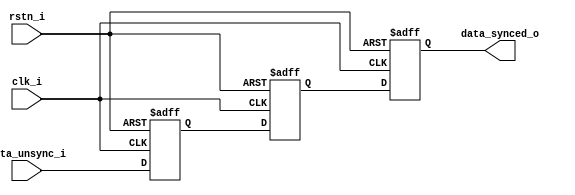
module general_syncer #(
    parameter FISTR_EDGE    = 1,  // first register latch edge option, 1: posedge, 0, negedge
    parameter LAST_EDGE     = 1,  // last register latch edge option, 1: posedge, 0, negedge
    parameter MID_STAGE_NUM = 1,  // stage of middle dffs to sync data, MID_STAGE_NUM >= 0
    parameter DATA_WIDTH    = 32
) (
    input  wire                  clk_i,          // dest clock
    input  wire                  rstn_i,         // reset input
    input  wire [DATA_WIDTH-1:0] data_unsync_i,  // async input
    output wire [DATA_WIDTH-1:0] data_synced_o   // sync output
);
    // DFFs
    reg [DATA_WIDTH-1:0] first_stage;  // first stage dff
    reg [DATA_WIDTH-1:0] last_stage;  // last stage dff
    reg [DATA_WIDTH-1:0] middle_stage[0:MID_STAGE_NUM-1];  // middle stage dff

    // Middle output stage data
    wire [DATA_WIDTH-1:0] middle_stage_data;

    // Output data from last stage
    assign data_synced_o = last_stage;

    // First stage
    generate
        if (FISTR_EDGE == 0) begin
            always @(negedge clk_i or negedge rstn_i) begin
                if (!rstn_i) begin
                    first_stage <= 'h0;
                end else begin
                    first_stage <= data_unsync_i;
                end
            end
        end else begin
            always @(posedge clk_i or negedge rstn_i) begin
                if (!rstn_i) begin
                    first_stage <= 'h0;
                end else begin
                    first_stage <= data_unsync_i;
                end
            end
        end
    endgenerate

    // Middle stage
    genvar i;
    generate
        if (MID_STAGE_NUM == 0) begin
            assign middle_stage_data = first_stage;
        end else begin
            assign middle_stage_data = middle_stage[MID_STAGE_NUM-1];
            always @(posedge clk_i or negedge rstn_i) begin
                if (!rstn_i) begin
                    middle_stage[0] <= 'h0;
                end else begin
                    middle_stage[0] <= first_stage;
                end
            end
            for (i = 1; i < MID_STAGE_NUM; i = i + 1) begin : gen_middle_stage
                always @(posedge clk_i or negedge rstn_i) begin
                    if (!rstn_i) begin
                        middle_stage[i] <= 'h0;
                    end else begin
                        middle_stage[i] <= middle_stage[i-1];
                    end
                end
            end
        end
    endgenerate

    // Last stage
    generate
        if (LAST_EDGE == 0) begin
            always @(negedge clk_i or negedge rstn_i) begin
                if (!rstn_i) begin
                    last_stage <= 'h0;
                end else begin
                    last_stage <= middle_stage_data;
                end
            end
        end else begin
            always @(posedge clk_i or negedge rstn_i) begin
                if (!rstn_i) begin
                    last_stage <= 'h0;
                end else begin
                    last_stage <= middle_stage_data;
                end
            end
        end
    endgenerate


endmodule